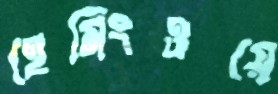
হেমিংওয়ে